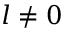
l \neq 0